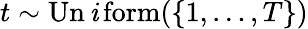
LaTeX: {t\sim\operatorname{Un\mathit{i}form}(\{ 1,\ldots,T\} )}